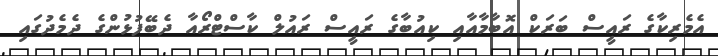
އެމެރިކާގެ ރައީސް ބަރަކް އޮބާމާއާއި ކިއުބާގެ ރައީސް ރައުލް ކާސްޓްރޯއާ ދެބޭފުޅުންގެ ދެމެދުގައި